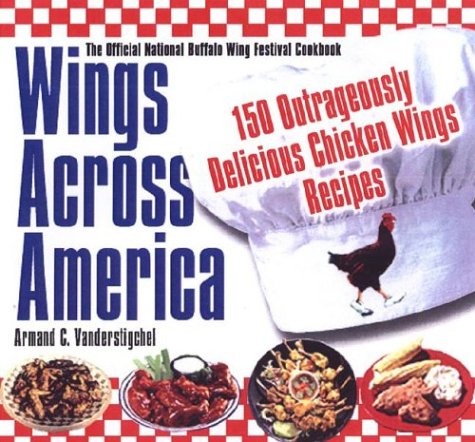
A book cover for Wings Across America: 150 Outrageously Delicious Chicken-Wing Recipes; A. C. Vanderstigche; Cookbooks, Food & Wine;